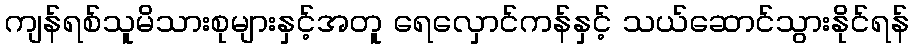
ကျန်ရစ်သူမိသားစုများနှင့်အတူ ရေလှောင်ကန်နှင့် သယ်ဆောင်သွားနိုင်ရန်